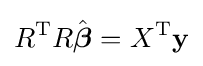
R^{\rm {T}}R{\hat {\boldsymbol {\beta }}}=X^{\rm {T}}\mathbf {y}